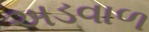
અડવાળ